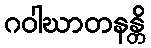
ဂဝါဃာတနန္တိ